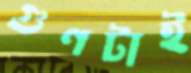
গুণটাই